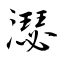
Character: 濏